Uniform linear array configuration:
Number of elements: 4
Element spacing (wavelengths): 1
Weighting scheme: hann
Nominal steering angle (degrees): -45
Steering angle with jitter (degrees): -43.503
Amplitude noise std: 0.05
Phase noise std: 0.05

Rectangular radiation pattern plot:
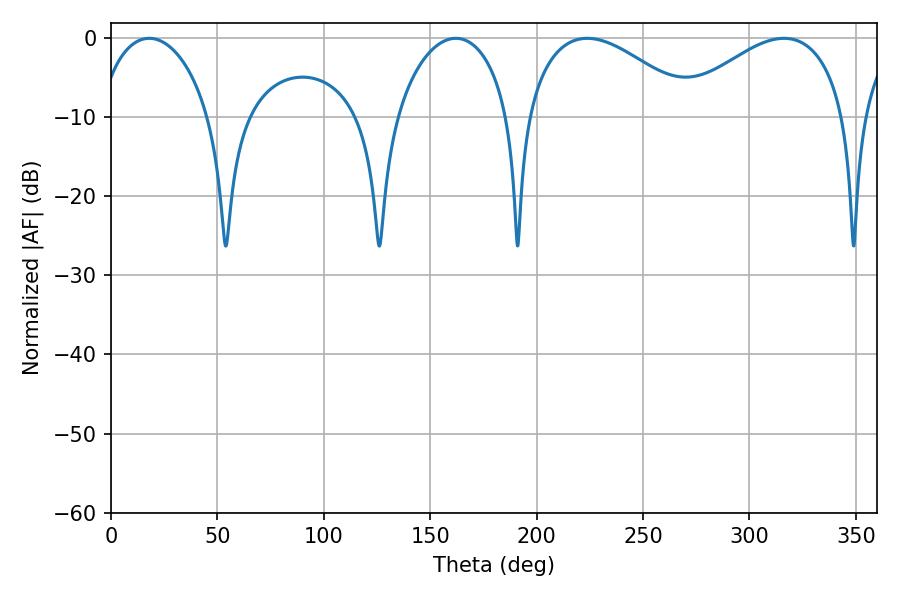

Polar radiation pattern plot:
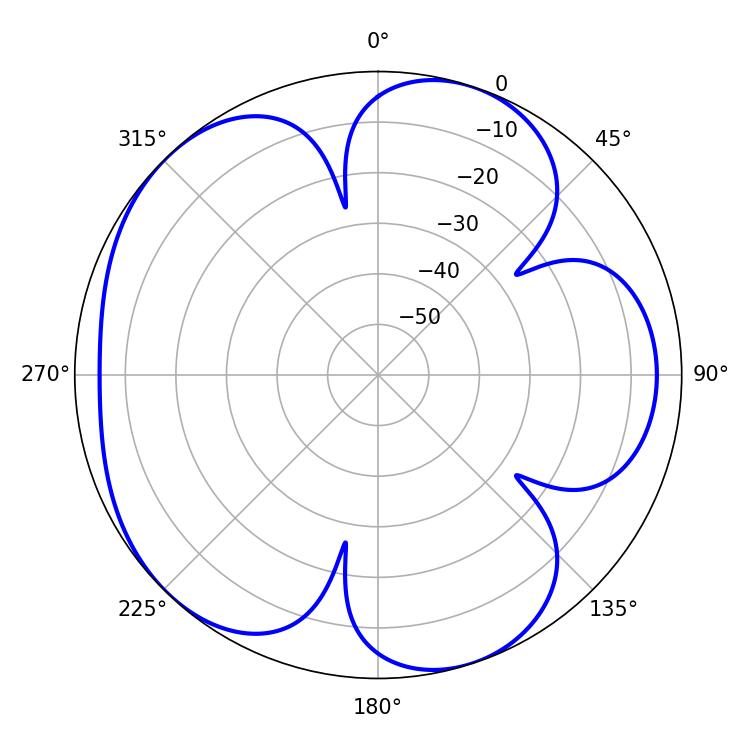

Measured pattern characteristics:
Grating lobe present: TRUE
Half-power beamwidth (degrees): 44.1
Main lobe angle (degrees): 223.74